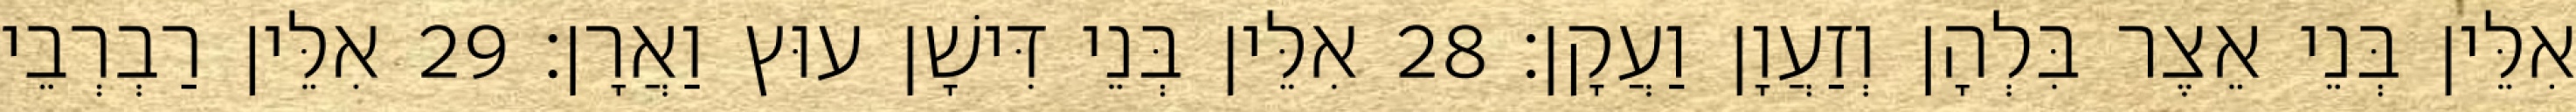
אִלֵּין בְּנֵי אֵצֶר בִּלְהָן וְזַעֲוָן וַעֲקָן׃ 28 אִלֵּין בְּנֵי דִּישָׁן עוּץ וַאֲרָן׃ 29 אִלֵּין רַבְרְבֵי